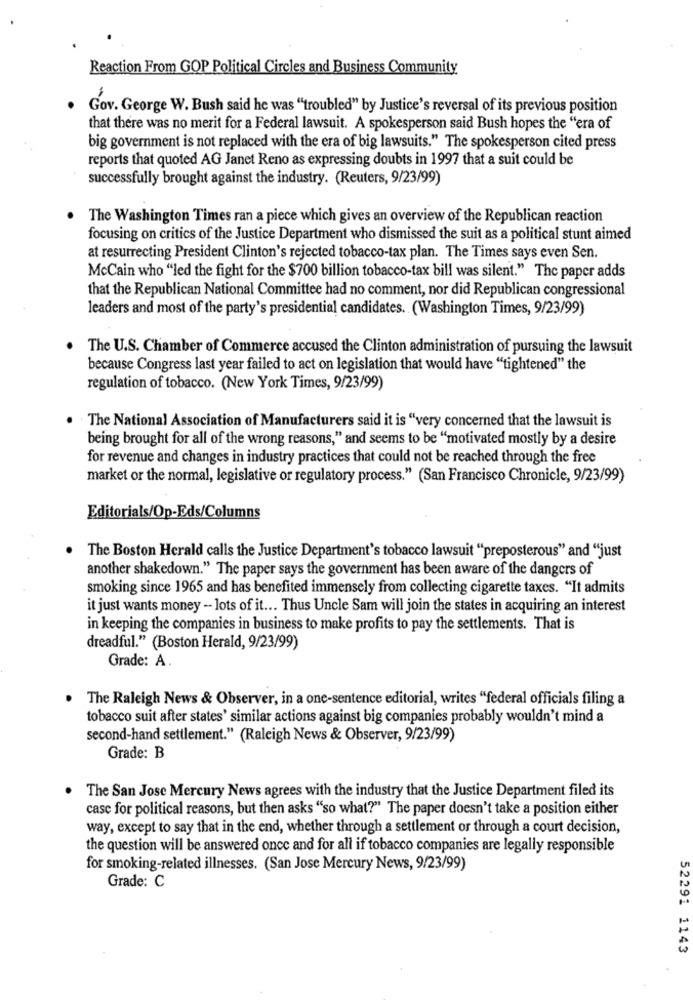
Reaction From GOP Political Circles and Business Community
Gov. George W. Bush said he was "troubled" by Justice's reversal of its previous position
that there was no merit for a Federal lawsuit. A spokesperson said Bush hopes the "era of
big government is not replaced with the era of big lawsuits." The spokesperson cited press
reports that quoted AG Janet Reno as expressing doubts in 1997 that a suit could be
successfully brought against the industry. (Reuters, 9/23/99)
The Washington Times ran a piece which gives an overview of the Republican reaction
focusing on critics of the Justice Department who dismissed the suit as a political stunt aimed
at resurrecting President Clinton's rejected tobacco-tax plan. The Times says even Sen.
McCain who "led the fight for the $700 billion tobacco-tax bill was silent." The paper adds
that the Republican National Committee had no comment, nor did Republican congressional
leaders and most of the party's presidential candidates. (Washington Times, 9/23/99)
The U.S. Chamber of Commerce accused the Clinton administration of pursuing the lawsuit
because Congress last year failed to act on legislation that would have "tightened" the
regulation of tobacco. (New York Times, 9/23/99)
. The National Association of Manufacturers said it is "very concerned that the lawsuit is
being brought for all of the wrong reasons," and seems to be "motivated mostly by a desire
for revenue and changes in industry practices that could not be reached through the free
market or the normal, legislative or regulatory process." (San Francisco Chronicle, 9/23/99)
Editorials/Op-Eds/Columns
The Boston Herald calls the Justice Department's tobacco lawsuit "preposterous" and "just
another shakedown." The paper says the government has been aware of the dangers of
smoking since 1965 and has benefited immensely from collecting cigarette taxes. "It admits
it just wants money - lots of it ... Thus Uncle Sam will join the states in acquiring an interest
in keeping the companies in business to make profits to pay the settlements. That is
dreadful." (Boston Herald, 9/23/99)
Grade: A.
The Raleigh News & Observer, in a one-sentence editorial, writes "federal officials filing a
tobacco suit after states' similar actions against big companies probably wouldn't mind a
second-hand settlement." (Raleigh News & Observer, 9/23/99)
Grade: B
The San Jose Mercury News agrees with the industry that the Justice Department filed its
case for political reasons, but then asks "so what?" The paper doesn't take a position either
way, except to say that in the end, whether through a settlement or through a court decision,
the question will be answered once and for all if tobacco companies are legally responsible
for smoking-related illnesses. (San Jose Mercury News, 9/23/99)
Grade: C
52291 1143